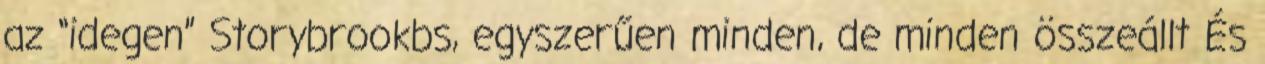
az “idegen” Storybrookbs, egyszerűen minden, de minden összeállt És